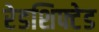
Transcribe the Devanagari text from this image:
रेडशिफ्टेड